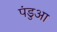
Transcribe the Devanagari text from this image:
पंडुआ